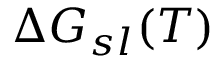
\Delta G _ { s l } ( T )